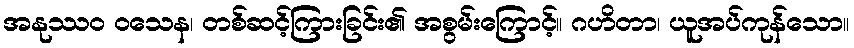
အနုဿဝ ဝသေန၊ တစ်ဆင့်ကြားခြင်း၏ အစွမ်းကြောင့်။ ဂဟိတာ၊ ယူအပ်ကုန်သော။